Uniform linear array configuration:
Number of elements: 32
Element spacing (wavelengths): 0.25
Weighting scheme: hann
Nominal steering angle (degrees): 45
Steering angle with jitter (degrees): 45.772
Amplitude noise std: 0.05
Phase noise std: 0.05

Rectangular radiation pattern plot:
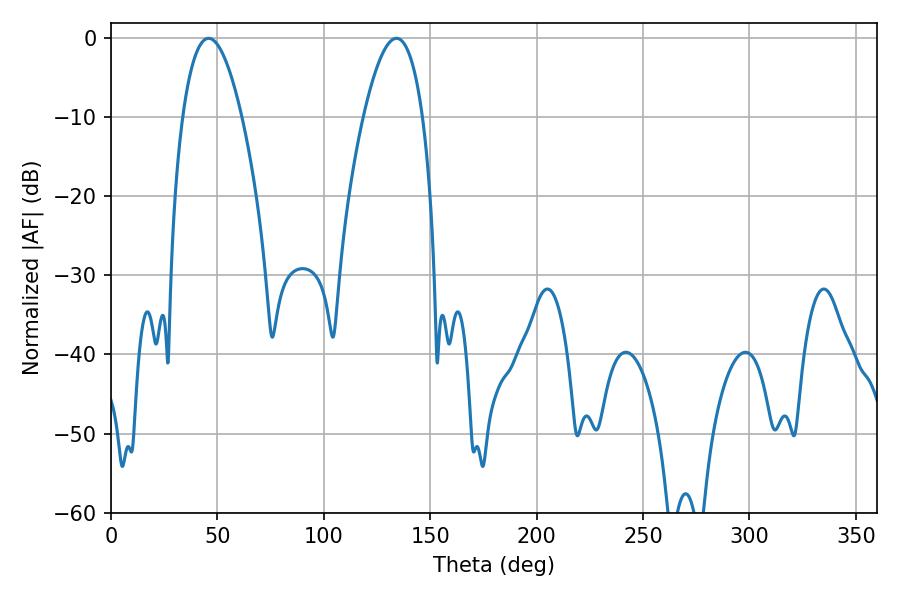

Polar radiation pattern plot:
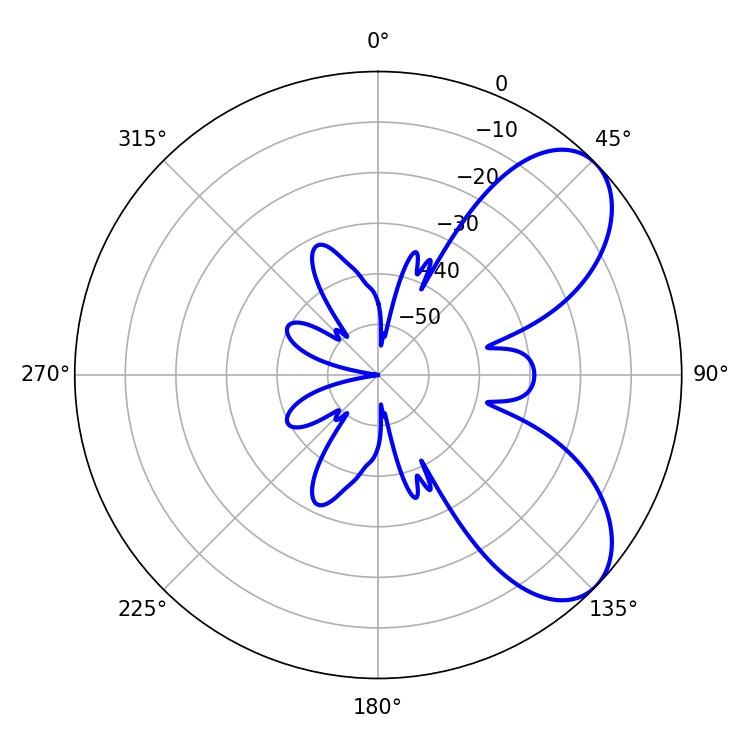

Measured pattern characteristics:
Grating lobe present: FALSE
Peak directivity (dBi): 6.827
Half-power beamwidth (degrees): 15.3
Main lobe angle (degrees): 45.9